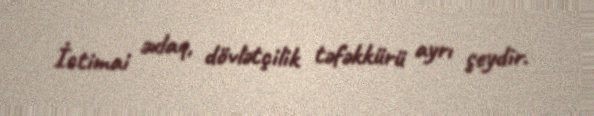
İctimai əxlaq, dövlətçilik təfəkkürü ayrı şeydir.